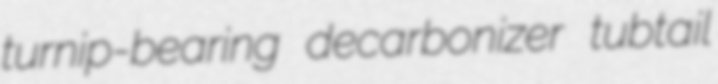
turnip-bearing decarbonizer tubtail